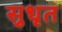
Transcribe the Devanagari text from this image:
सुधृत